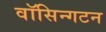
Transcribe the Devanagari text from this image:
वॉसिन्गटन